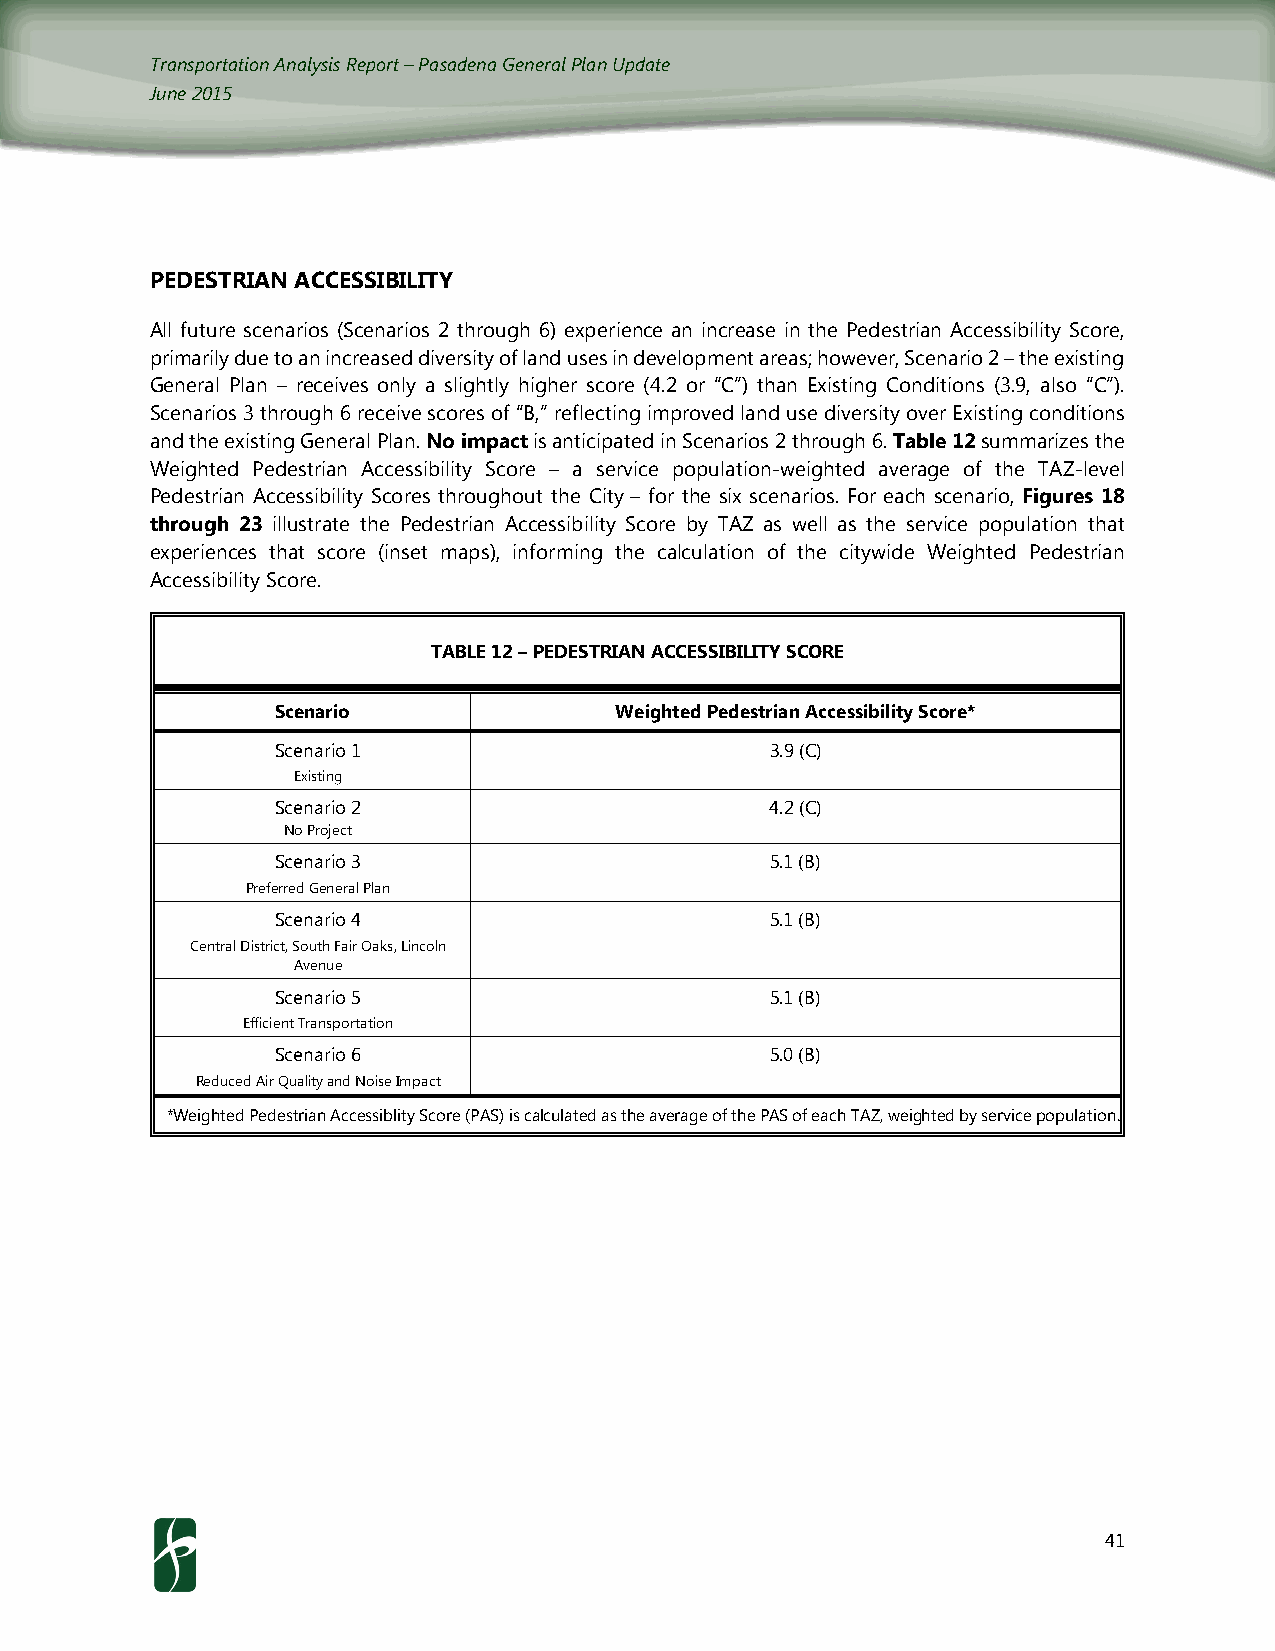
Transportation Analysis Report – Pasadena General Plan Update
 June 2015
 PEDESTRIAN ACCESSIBILITY
 All future scenarios (Scenarios 2 through 6) experience an increase in the Pedestrian Accessibility Score,
 primarily due to an increased diversity of land uses in development areas; however, Scenario 2 – the existing
 General Plan – receives only a slightly higher score (4.2 or “C”) than Existing Conditions (3.9, also “C”).
 Scenarios 3 through 6 receive scores of “B,” reflecting improved land use diversity over Existing conditions
 and the existing General Plan. No impact is anticipated in Scenarios 2 through 6. Table 12 summarizes the
 Weighted Pedestrian Accessibility Score – a service population-weighted average of the TAZ-level
 Pedestrian Accessibility Scores throughout the City – for the six scenarios. For each scenario, Figures 18
 through 23 illustrate the Pedestrian Accessibility Score by TAZ as well as the service population that
 experiences that score (inset maps), informing the calculation of the citywide Weighted Pedestrian
 Accessibility Score.
 TABLE 12 – PEDESTRIAN ACCESSIBILITY SCORE
 Scenario               Weighted Pedestrian Accessibility Score*
 Scenario 1                       3.9 (C)
 Existing
 Scenario 2                       4.2 (C)
 No Project
 Scenario 3                       5.1 (B)
 Preferred General Plan
 Scenario 4                       5.1 (B)
 Central District, South Fair Oaks, Lincoln
 Avenue
 Scenario 5                       5.1 (B)
 Efficient Transportation
 Scenario 6                       5.0 (B)
 Reduced Air Quality and Noise Impact
 *Weighted Pedestrian Accessiblity Score (PAS) is calculated as the average of the PAS of each TAZ, weighted by service population.
 41